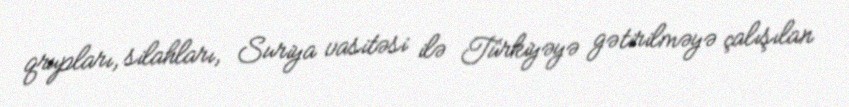
qrupları, silahları, Suriya vasitəsi ilə Türkiyəyə gətirilməyə çalışılan